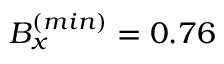
B _ { x } ^ { ( m i n ) } = 0 . 7 6